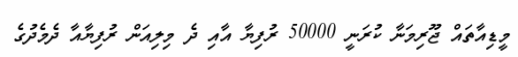
މީޑިއާތައް ޖޫރިމަނާ ކުރަނީ 50000 ރުފިޔާ އާއި ދެ މިލިއަން ރުފިޔާއާ ދެމެދުގެ